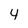
Character: 4